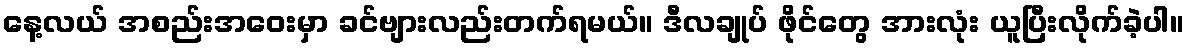
နေ့လယ် အစည်းအဝေးမှာ ခင်ဗျားလည်းတက်ရမယ်။ ဒီလချုပ် ဖိုင်တွေ အားလုံး ယူပြီးလိုက်ခဲ့ပါ။